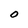
Character: O